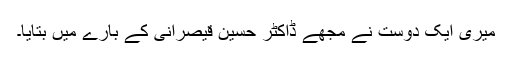
میری ایک دوست نے مجھے ڈاکٹر حسین قیصرانی کے بارے میں بتایا۔